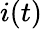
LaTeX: i(t)